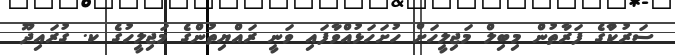
ސަރުކާުގެ ފަރާތުން މިބިލް މަޖިލީހަށް ހުށަހަޅުއްވާފައި ވަނީ ރައްޔިތުންގެ މަޖިލީހުގެ ކ. ގުރައިދޫ